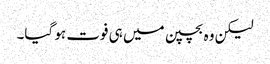
لیکن وہ بچپن میں ہی فوت ہو گیا۔